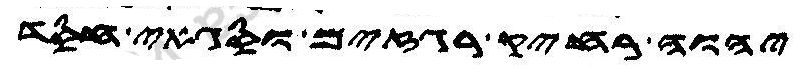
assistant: יהוה רחיק רגזים וסגאי חסד